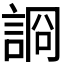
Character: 𧨝